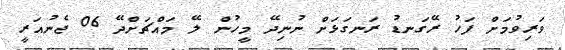
ވަރިވުމަށް ފަހު ރޭގަނޑު ރަނގަޅަށް ނުނިދޭ މީހުން ލޭ މައްޗަށްދޭ 06 ޖެނުއަރީ